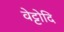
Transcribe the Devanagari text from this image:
वेट्टोदि